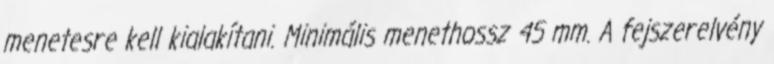
menetesre kell kialakítani. Minimális menethossz 45 mm. A fejszerelvény